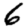
Digit: 6